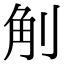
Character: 㓩